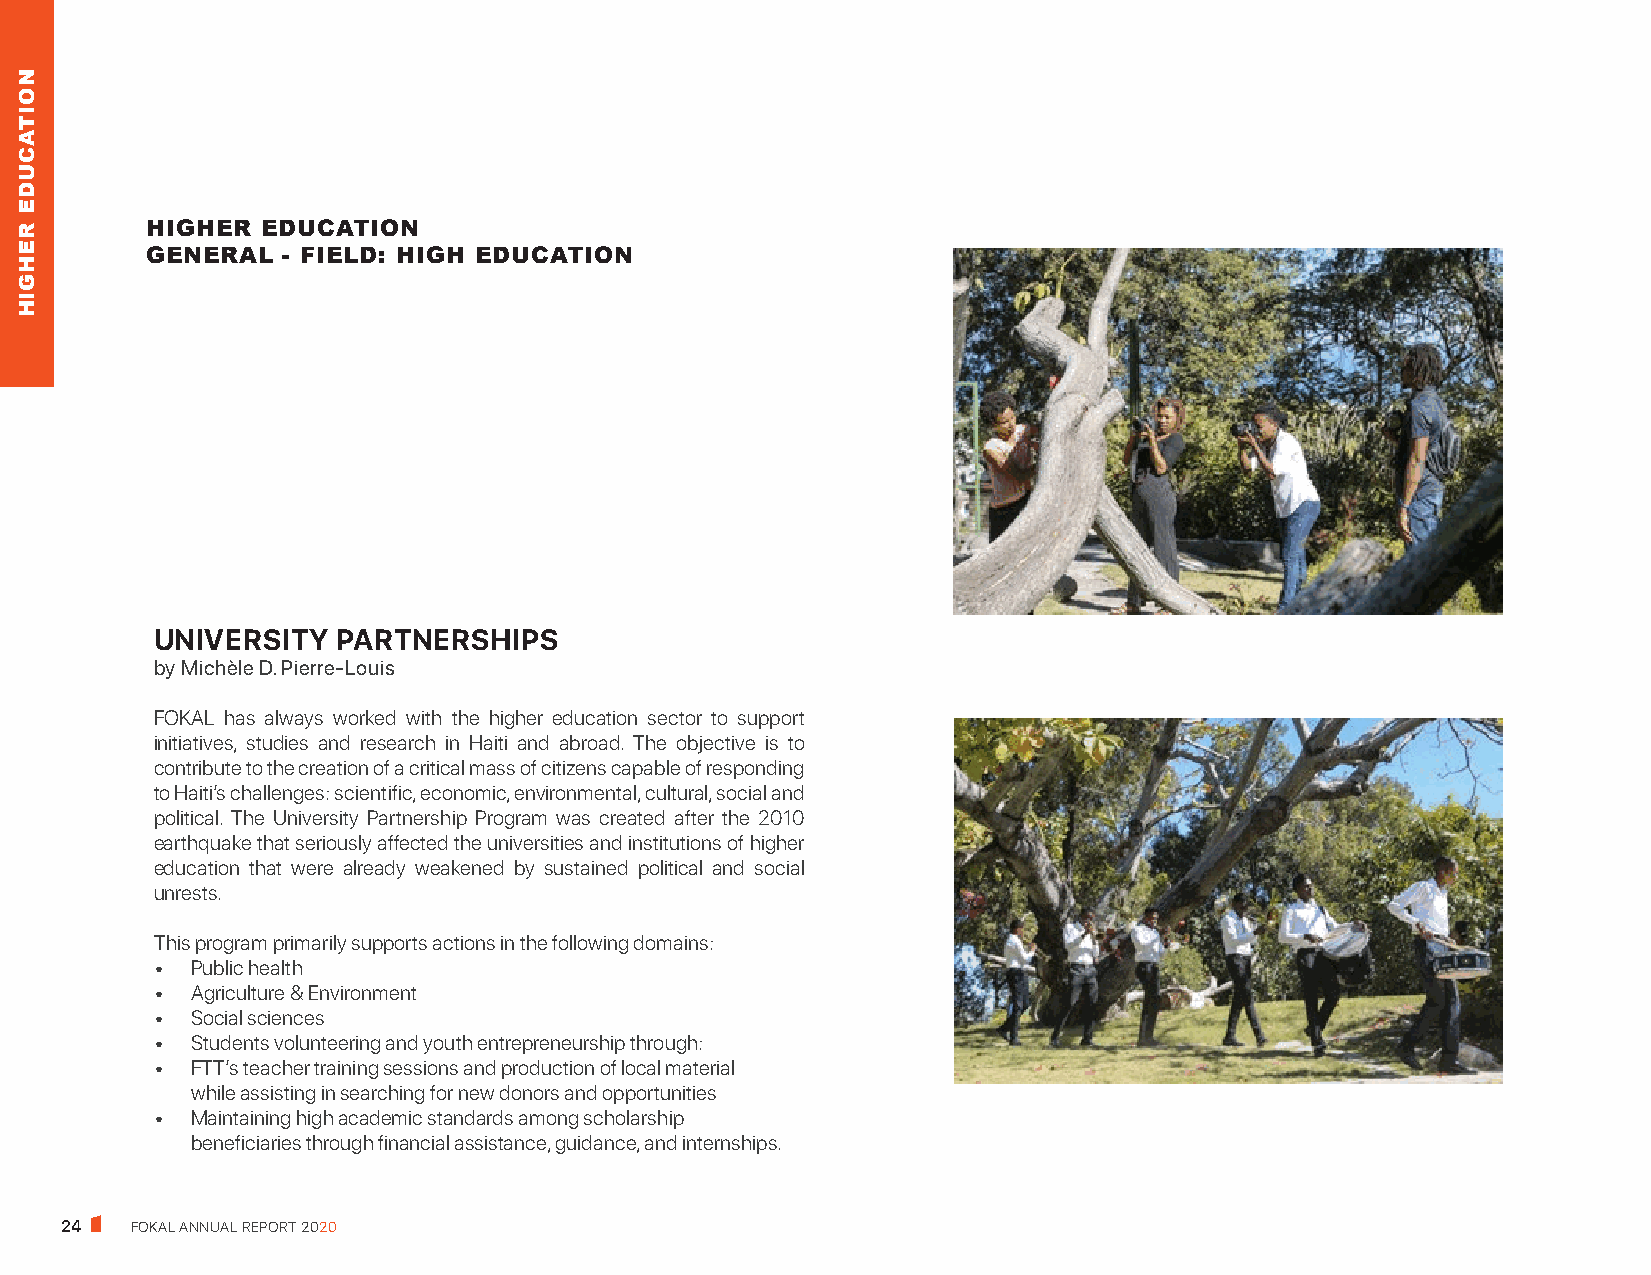
HIGHER EDUCATION
 GENERAL  - FIELD: HIGH EDUCATION
 UNIVERSITY  PARTNERSHIPS
 by Michèle D. Pierre-Louis
 FOKAL has always worked with the higher education sector to support
 initiatives, studies and research in Haiti and abroad. The objective is to
 contribute to the creation of a critical mass of citizens capable of responding
 to Haiti’s challenges: scientific, economic, environmental, cultural, social and
 political. The University Partnership Program was created after the 2010
 earthquake that seriously affected the universities and institutions of higher
 education that were already weakened by sustained political and social
 unrests.
 This program primarily supports actions in the following domains:
 •  Public health
 •  Agriculture & Environment
 •  Social sciences
 •  Students volunteering and youth entrepreneurship through:
 •  FTT’s teacher training sessions and production of local material
 while assisting in searching for new donors and opportunities
 •  Maintaining high academic standards among scholarship
 beneficiaries through financial assistance, guidance, and internships.
 24   FOKAL ANNUAL REPORT 2020
 NOITACUDE
 REHGIH